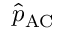
\hat { p } _ { \mathrm { A C } }